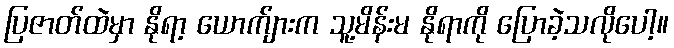
ပြဇာတ်ထဲမှာ နိုရာ့ ယောက်ျားက သူ့မိန်းမ နိုရာကို ပြောခဲ့သလိုပေါ့။